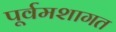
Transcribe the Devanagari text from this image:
पूर्वमशागत